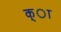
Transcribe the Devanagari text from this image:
क्ा